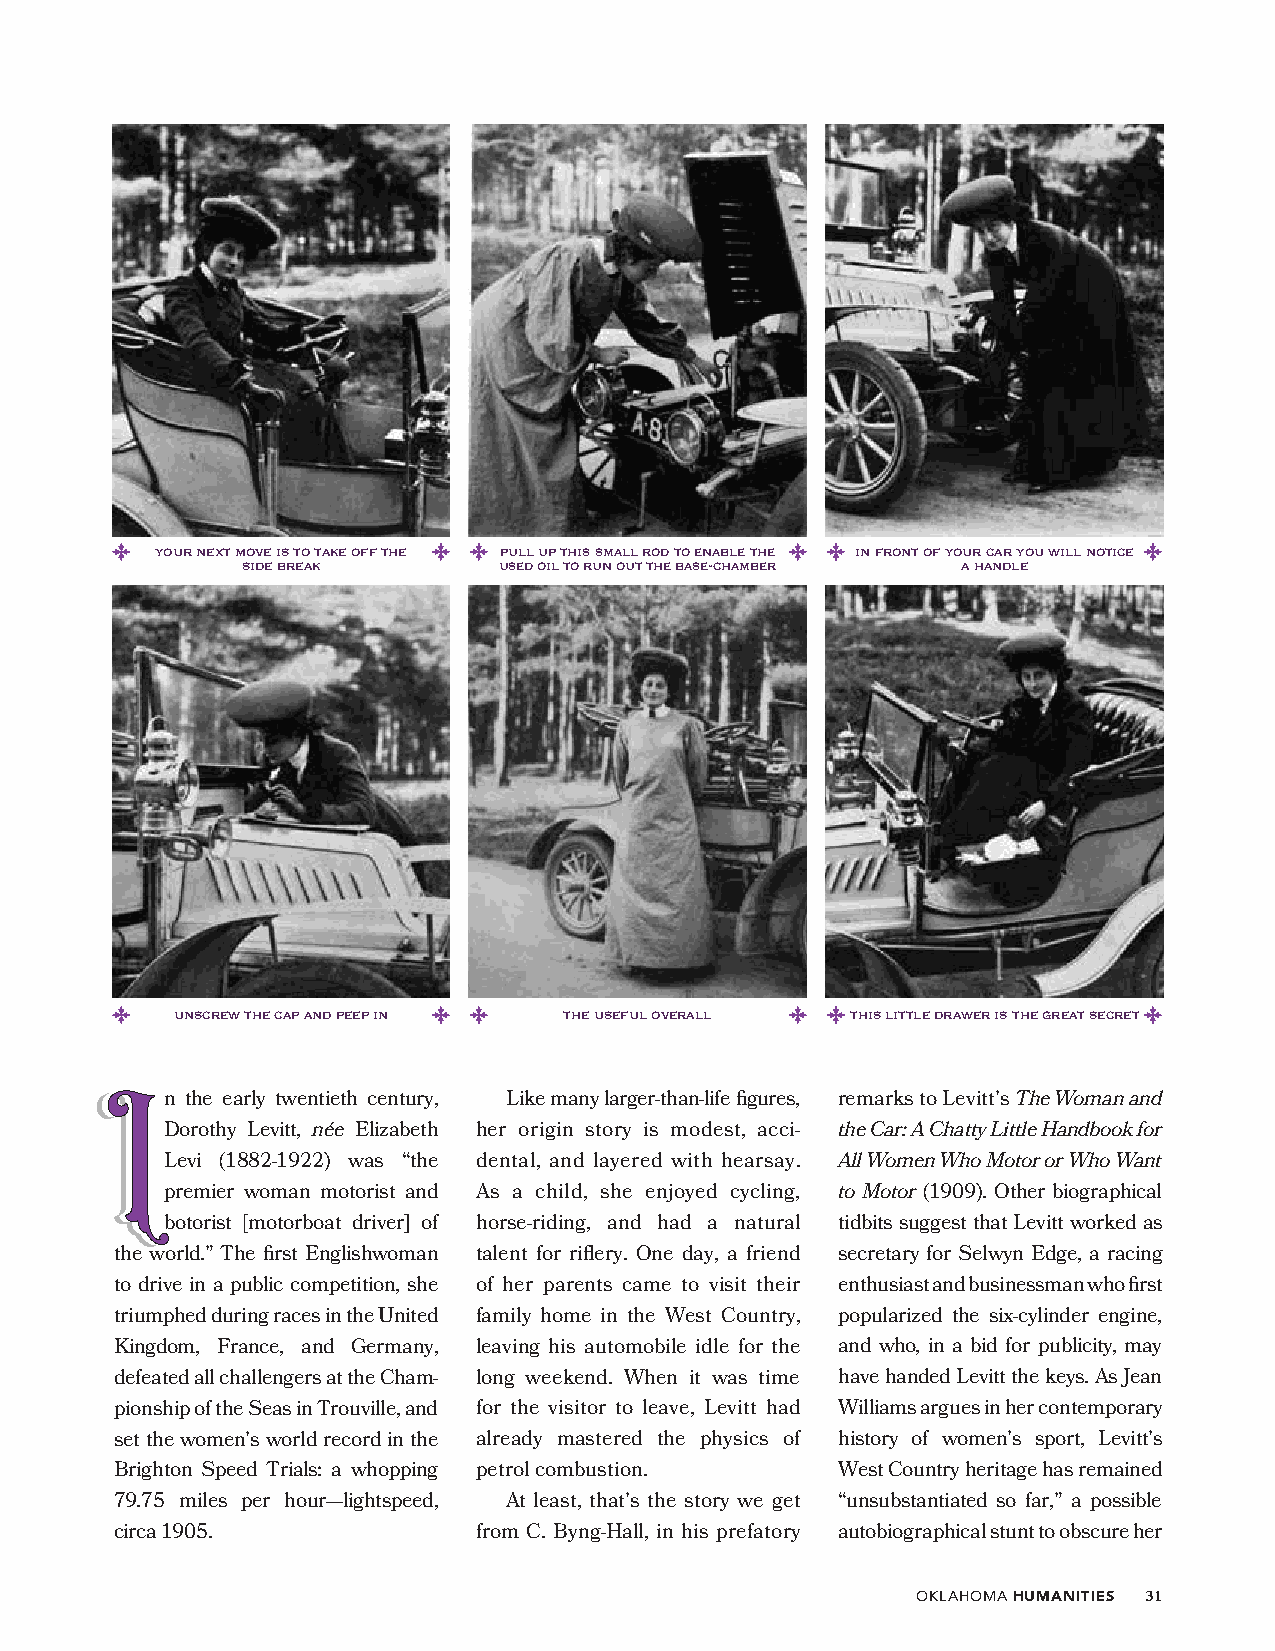
h e · o l
 d
 t
 e
 N
 your next move is to take off the pull up this small rod to enable the in front of your car you will notice
 side break       used oil to run out the base-chamber a handle
 TTThhheee
 aa cchhaattttyy
 lliittttllee bbooookk
 unscrew the cap and peep in the useful overall this little drawer is the great secret
 n the early twentieth century, Like many larger-than-life figures, remarks to Levitt’s The Woman and
 Dorothy Levitt, née Elizabeth her origin story is modest, acci- the Car: A Chatty Little Handbook for
 IIIIII
 Levi (1882-1922) was “the dental, and layered with hearsay. All Women Who Motor or Who Want
 premier woman motorist and As a child, she enjoyed cycling, to Motor (1909). Other biographical
 botorist [motorboat driver] of horse-riding, and had a natural tidbits suggest that Levitt worked as
 BBBBaaaarrrrbbbbeeeerrrr
 the world.” The first Englishwoman talent for riflery. One day, a friend secretary for Selwyn Edge, a racing
 to drive in a publiRRRRc competitionaaaa, she bbbbof hebbbbr pareiiniits ttcttame to visit their enthusiast and businessman who first
 triumphed during races in the United family home in the West Country, popularized the six-cylinder tehngeine,
 Kingdom, France, and Germany, leaving his automobile idle for the and who, in a bid for publicity, may
 SSSShhhhoooopppp                                                  WWWWhhhhiiiitttteeee
 defeated all challengers at the Cham- long weekend. When it was time have handed Levitt the keys. As Jean
 pionship of the Seas in Trouville, and for the visitor to leave, Levitt had Williams argues in her contemporary
 II
 set the women’s world record in the already mastered the physics of history of women’s sport, Levitt’s
 RRRRaaaabbbbbbbbiiiitttt
 Brighton Speed Trials: a whopping petrol combustion. West Country heritage has remained
 79.75 miles per hour—lightspeed, At least, that’s the story we get “unsubstantiated so far,” a possible
 circa 1905.             from C. Byng-Hall, in his prefatory autobiographical stunt to obscure her
 absinthe
 70% vol.
 OKLAHOMA HUMANITIES 31